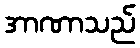
အာဏာသည်